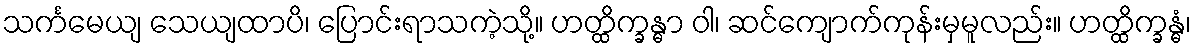
သင်္ကမေယျ သေယျထာပိ၊ ပြောင်းရာသကဲ့သို့။ ဟတ္ထိက္ခန္ဓာ ဝါ၊ ဆင်ကျောက်ကုန်းမှမူလည်း။ ဟတ္ထိက္ခန္ဓံ၊